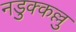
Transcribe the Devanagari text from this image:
नडुक्कल्लु